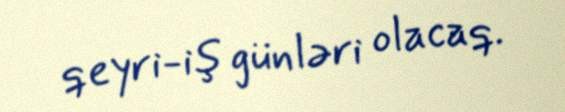
qeyri-iş günləri olacaq.